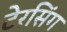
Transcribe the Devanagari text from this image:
टेरसिंग